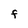
Character: f